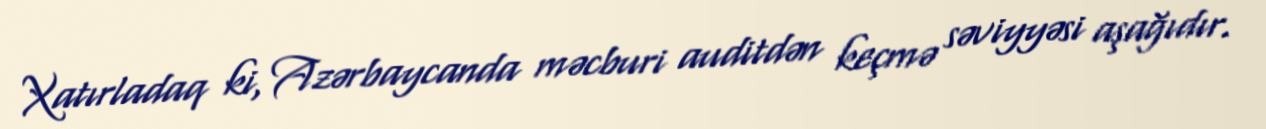
Xatırladaq ki, Azərbaycanda məcburi auditdən keçmə səviyyəsi aşağıdır.